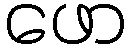
ဖော